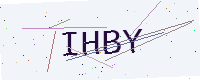
Text: IHBY